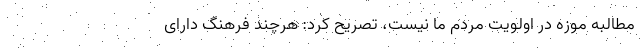
مطالبه موزه در اولویت مردم ما نیست، تصریح کرد: هرچند فرهنگ دارای